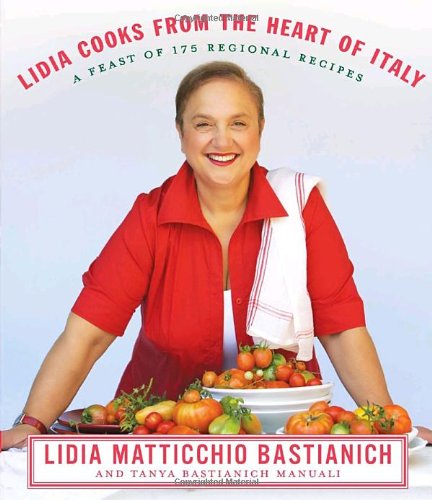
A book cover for Lidia Cooks from the Heart of Italy: A Feast of 175 Regional Recipes; Lidia Matticchio Bastianich; History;